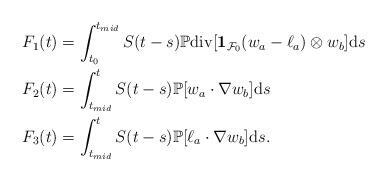
LaTeX: \begin{align*}F_1(t) & = \int_{t_0}^{t_{mid}} S(t-s) \mathbb P {\rm div} [ \mathbf{1}_{\mathcal F_0} (w_a - \ell_a) \otimes w_b ] {\rm d}s \\F_2(t) &= \int_{t_{mid}}^{t} S(t-s) \mathbb P[w_a \cdot \nabla w_b] {\rm d}s\\F_3(t) &= \int_{t_{mid}}^{t} S(t-s) \mathbb P[\ell_{a} \cdot \nabla w_b]{\rm d}s.\end{align*}